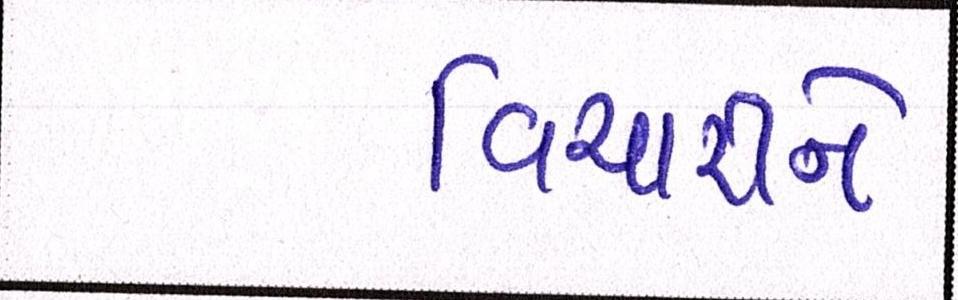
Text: વિચારીને